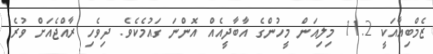
ޒެމްބިއާއަކީ 11.2 މިލިއަން މީހުންގެ އާބާދީއެއް އޮންނަ ގައުމެކެވެ. ދިވެހި ރާއްޖެއަށް ވުރެ